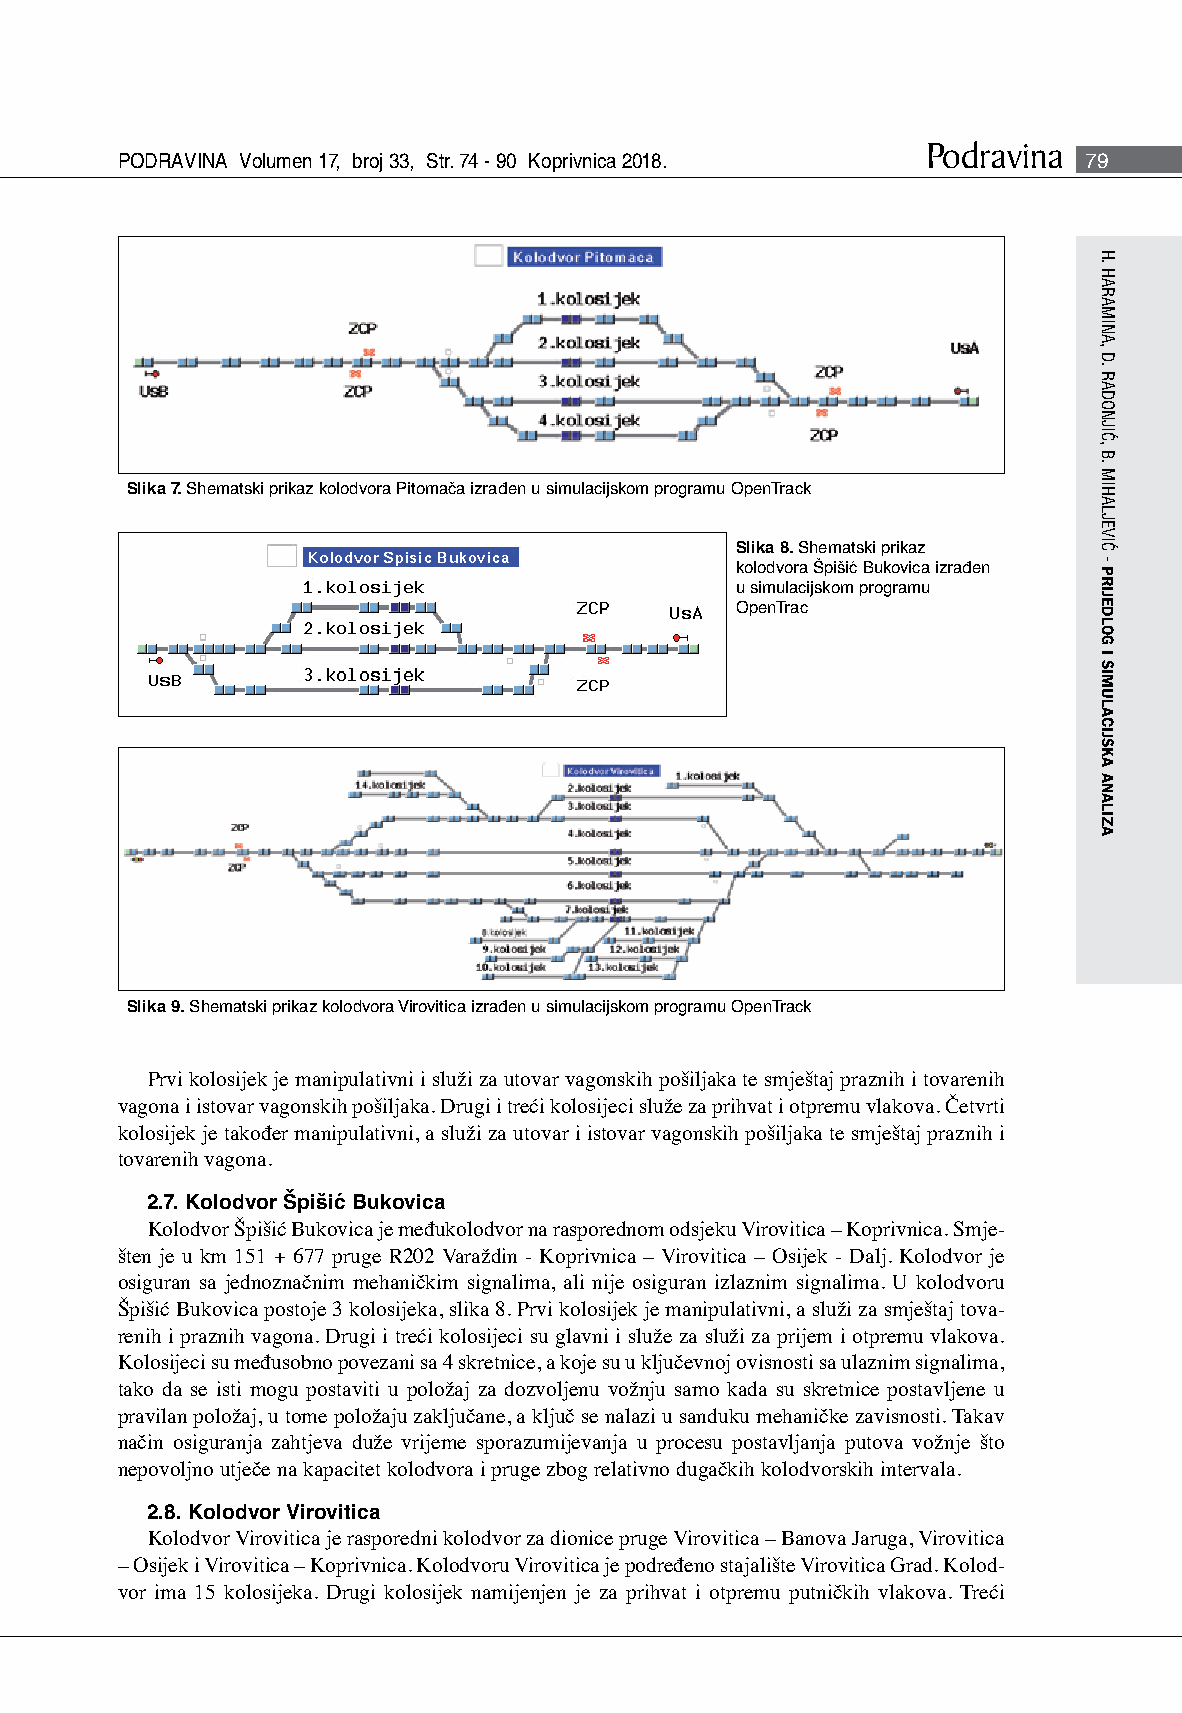
Podravina
 PODRAVINA Volumen 17, broj 33, Str. 74 - 90 Koprivnica 2018.    79
 Slika 7. Shematski prikaz kolodvora Pitomača izrađen u simulacijskom programu OpenTrack
 Slika 8. Shematski prikaz
 kolodvora Špišić Bukovica izrađen
 u simulacijskom programu
 OpenTrac
 Slika 9. Shematski prikaz kolodvora Virovitica izrađen u simulacijskom programu OpenTrack
 Prvi kolosijek je manipulativni i služi za utovar vagonskih pošiljaka te smještaj praznih i tovarenih
 vagona i istovar vagonskih pošiljaka. Drugi i treći kolosijeci služe za prihvat i otpremu vlakova. Četvrti
 kolosijek je također manipulativni, a služi za utovar i istovar vagonskih pošiljaka te smještaj praznih i
 tovarenih vagona.
 2.7. Kolodvor Špišić Bukovica
 Kolodvor Špišić Bukovica je međukolodvor na rasporednom odsjeku Virovitica – Koprivnica. Smje-
 šten je u km 151 + 677 pruge R202 Varaždin - Koprivnica – Virovitica – Osijek - Dalj. Kolodvor je
 osiguran sa jednoznačnim mehaničkim signalima, ali nije osiguran izlaznim signalima. U kolodvoru
 Špišić Bukovica postoje 3 kolosijeka, slika 8. Prvi kolosijek je manipulativni, a služi za smještaj tova-
 renih i praznih vagona. Drugi i treći kolosijeci su glavni i služe za služi za prijem i otpremu vlakova.
 Kolosijeci su međusobno povezani sa 4 skretnice, a koje su u ključevnoj ovisnosti sa ulaznim signalima,
 tako da se isti mogu postaviti u položaj za dozvoljenu vožnju samo kada su skretnice postavljene u
 pravilan položaj, u tome položaju zaključane, a ključ se nalazi u sanduku mehaničke zavisnosti. Takav
 način osiguranja zahtjeva duže vrijeme sporazumijevanja u procesu postavljanja putova vožnje što
 nepovoljno utječe na kapacitet kolodvora i pruge zbog relativno dugačkih kolodvorskih intervala.
 2.8. Kolodvor Virovitica
 Kolodvor Virovitica je rasporedni kolodvor za dionice pruge Virovitica – Banova Jaruga, Virovitica
 – Osijek i Virovitica – Koprivnica. Kolodvoru Virovitica je podređeno stajalište Virovitica Grad. Kolod-
 vor ima 15 kolosijeka. Drugi kolosijek namijenjen je za prihvat i otpremu putničkih vlakova. Treći
 H.
 HARAMINA,
 D.
 RADONJIĆ,
 B.
 MIHALJEVIĆ
 - PRIJEDLOG
 I
 SIMULACIJSKA
 ANALIZA